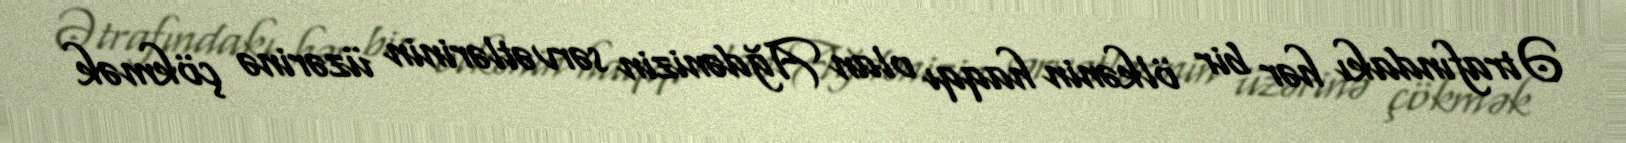
Ətrafındakı hər bir ölkənin haqqı olan Ağdənizin sərvətlərinin üzərinə çökmək